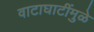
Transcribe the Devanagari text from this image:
वाटाघाटींमुळे